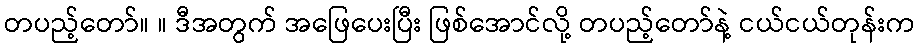
တပည့်တော်။ ။ ဒီအတွက် အဖြေပေးပြီး ဖြစ်အောင်လို့ တပည့်တော်နဲ့ ငယ်ငယ်တုန်းက